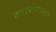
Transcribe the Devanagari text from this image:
समस्या।काश्मीर